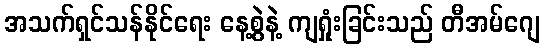
အသက်ရှင်သန်နိုင်ရေး နေ့စွဲနဲ့ ကျရှုံးခြင်းသည် တီအမ်ဂျေ